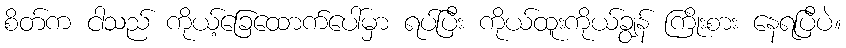
စိတ်က ငါသည် ကိုယ့်ခြေထောက်ပေါ်မှာ ရပ်ပြီး ကိုယ်ထူးကိုယ်ချွန် ကြိုးစား နေရပြီပဲ။